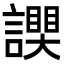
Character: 𧬮